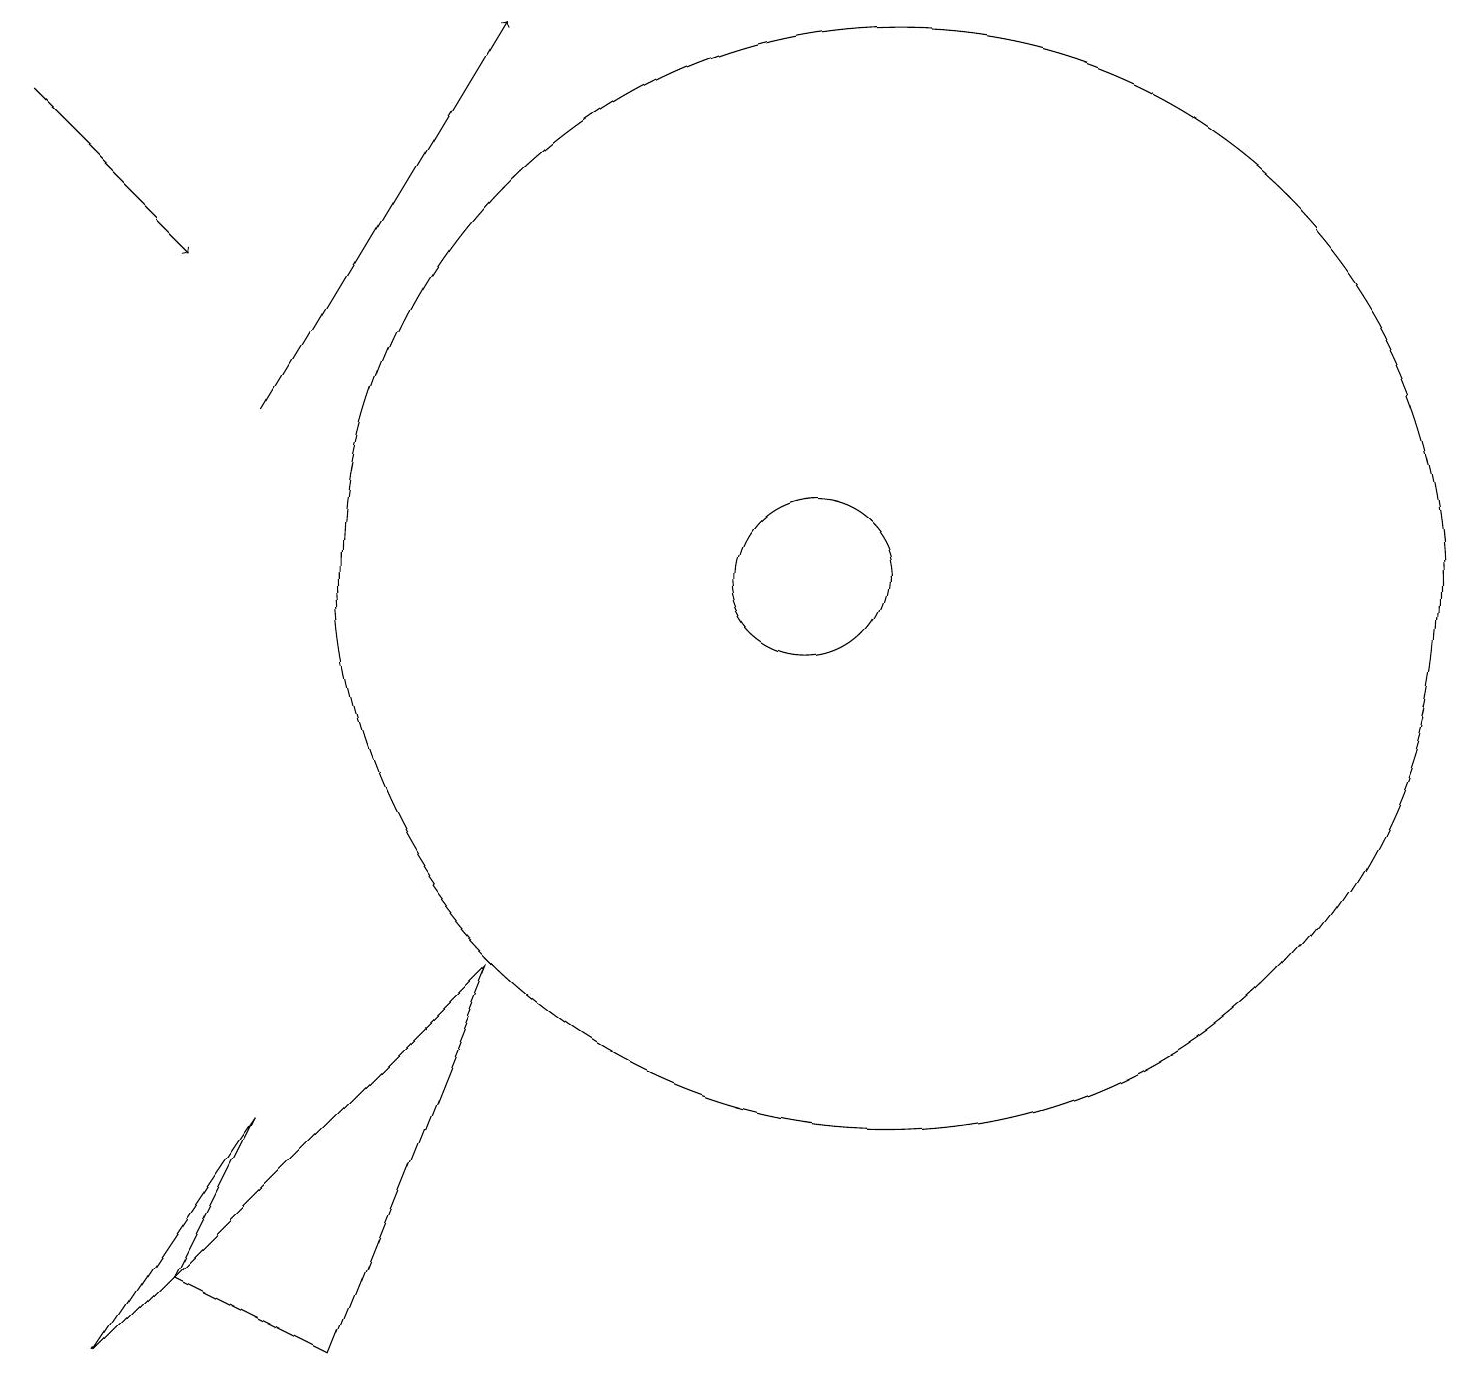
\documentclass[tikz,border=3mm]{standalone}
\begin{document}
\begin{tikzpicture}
\draw (10,10) circle (1);
\draw[->] (0,16) -- (2,14);
\draw (4,0) -- (6,5) -- (2,1) -- cycle;
\draw (2,1) -- (3,3) -- (1,0) -- cycle;
\draw[->] (3,12) -- (6,17);
\draw (11,10) circle (7);
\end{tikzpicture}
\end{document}